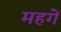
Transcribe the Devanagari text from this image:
महगें